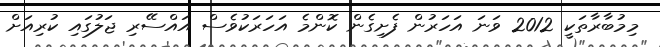
މިމުބާރާތަކީ 2012 ވަނަ އަހަރުން ފެށިގެން ކޮންމެ އަހަރަކުވެސް އައްސޭރި ޖަލުގައި ކުރިއަށް